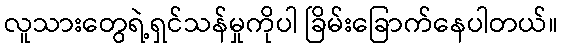
လူသားတွေရဲ့ရှင်သန်မှုကိုပါ ခြိမ်းခြောက်နေပါတယ်။